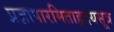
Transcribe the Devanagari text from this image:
प्रज्ञापारमिताहृदयसूत्र